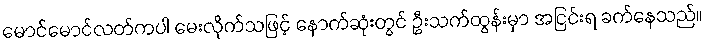
မောင်မောင်လတ်ကပါ မေးလိုက်သဖြင့် နောက်ဆုံးတွင် ဦးသက်ထွန်းမှာ အငြင်းရ ခက်နေသည်။